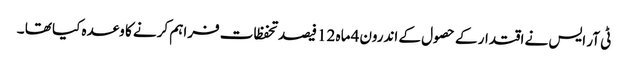
ٹی آر ایس نے اقتدار کے حصول کے اندرون4 ماہ 12 فیصد تحفظات فراہم کرنے کا وعدہ کیا تھا ۔